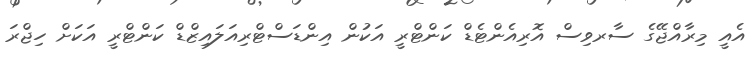
އެއީ މިރާއްޖޭގެ ސާރވިސް އޮރިއެންޓެޑް ކަންޓްރީ އަކުން އިންޑަސްޓްރިއަލައިޒްޑް ކަންޓްރީ އަކަށް ހިޖްރަ